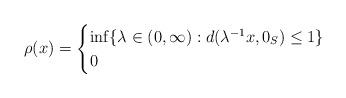
LaTeX: \begin{align*} \rho(x) = \begin{cases} \inf \{ \lambda \in (0, \infty) : d(\lambda^{-1} x, 0_S) \le 1 \} & \\ 0 & \end{cases}\end{align*}